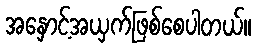
အနှောင့်အယှက်ဖြစ်စေပါတယ်။